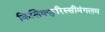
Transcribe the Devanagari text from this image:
किलिक्कुरिस्सीमंगलम